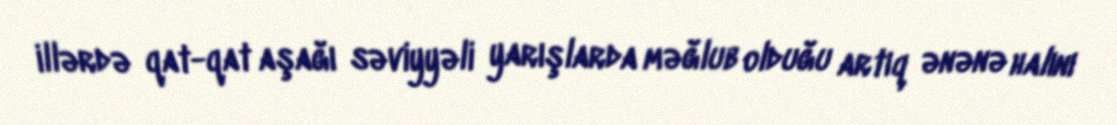
illərdə qat-qat aşağı səviyyəli yarışlarda məğlub olduğu artıq ənənə halını